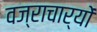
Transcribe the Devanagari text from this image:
वज्राचार्यों